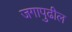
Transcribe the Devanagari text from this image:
जगापुढील